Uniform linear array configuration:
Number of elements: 32
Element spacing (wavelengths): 0.5
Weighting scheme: uniform
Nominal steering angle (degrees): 15
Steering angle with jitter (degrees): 13.628
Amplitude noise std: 0.05
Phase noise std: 0.05

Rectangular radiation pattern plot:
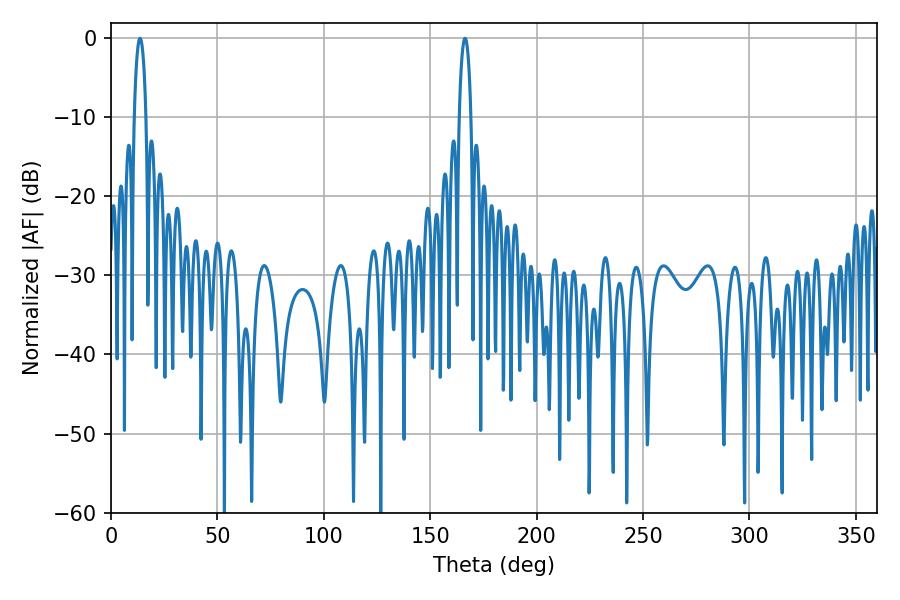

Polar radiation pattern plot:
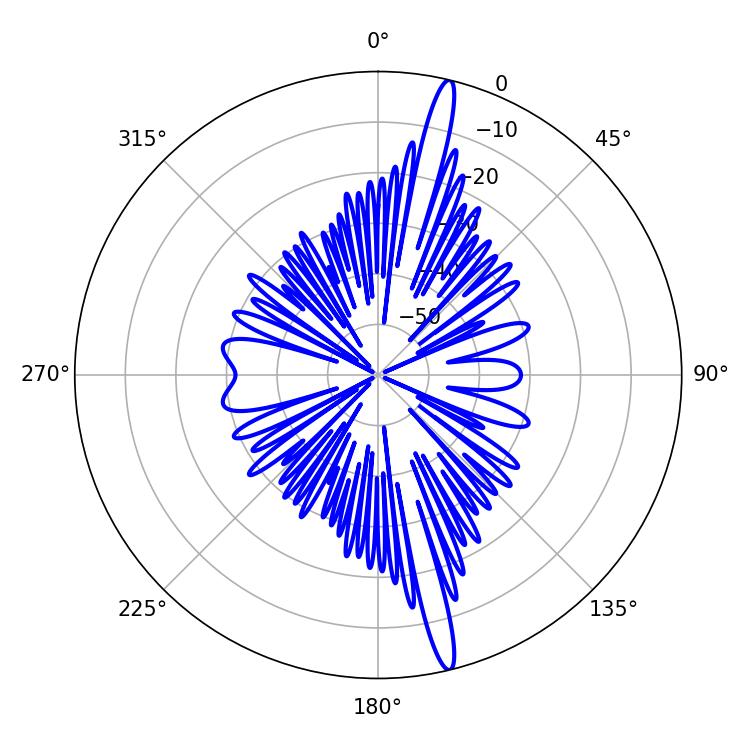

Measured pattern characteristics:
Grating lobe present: FALSE
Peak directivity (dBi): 18.241
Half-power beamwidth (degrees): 3.06
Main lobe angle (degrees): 166.32